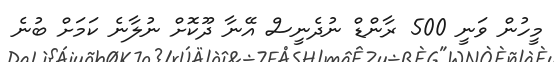
މީހުން ވަނީ 500 ރާންޑް ނުދެނީސް އޭނާ ދޫކޮށް ނުލާނެ ކަމަށް ބުނެ